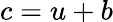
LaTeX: c=u+b